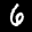
Label: 6